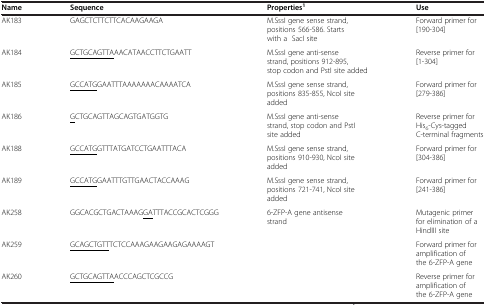
| Name | Sequence | Properties1 | Use |
 | --- | --- | --- | --- |
 | AK183 | GAGCTCTTCTTCACAAGAAGA | M.SssI gene sense strand, positions 566-586. Starts with a SacI site | Forward primer for [190-304] |
 | AK184 | <underline>GCTGCAGTTA</underline>AACATAACCTTCTGAATT | M.SssI gene anti-sense strand, positions 912-895, stop codon and PstI site added | Reverse primer for [1-304] |
 | AK185 | <underline>GCCATG</underline>GAATTTAAAAAAACAAAATCA | M.SssI gene sense strand, positions 835-855, NcoI site added | Forward primer for [279-386] |
 | AK186 | <underline>G</underline>CTGCAGTTAGCAGTGATGGTG | M.SssI gene anti-sense strand, stop codon and PstI site added | Reverse primer for His6-Cys-tagged C-terminal fragments |
 | AK188 | <underline>GCCATG</underline>GTTTATGATCCTGAATTTACA | M.SssI gene sense strand, positions 910-930, NcoI site added | Forward primer for [304-386] |
 | AK189 | <underline>GCCATG</underline>GAATTTGTTGAACTACCAAAG | M.SssI gene sense strand, positions 721-741, NcoI site added | Forward primer for [241-386] |
 | AK258 | GGCACGCTGACTAAAG<underline>GA</underline>TTTACCGCACTCGGG | 6-ZFP-A gene antisense strand | Mutagenic primer for elimination of a HindIII site |
 | AK259 | <underline>GCAGCTGTT</underline>TCTCCAAAGAAGAAGAGAAAAGT |  | Forward primer for amplification of the 6-ZFP-A gene |
 | AK260 | <underline>GCTGCAGTTA</underline>ACCCAGCTCGCCG |  | Reverse primer for amplification of the 6-ZFP-A gene |